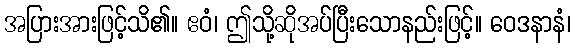
အပြားအားဖြင့်သိ၏။ ဧဝံ၊ ဤသို့ဆိုအပ်ပြီးသောနည်းဖြင့်။ ဝေဒနာနံ၊